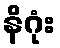
နိဂုံး